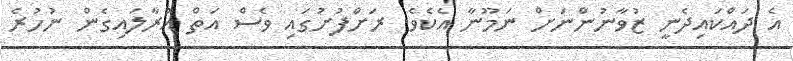
އެ ދައްކައިދެނީ ޒުވާނުންނަށް ނަމޫނާ އެކެވެ. ރަށްފުށުގައި ވެސް އަތް އުރާލައިގެން ނުހުރެ